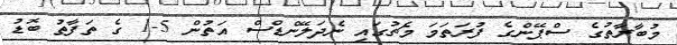
މުބާރާތުގެ ސްޕޭންގެ ފުރަތަމަ މެޗުގައި ނެދަލޭންޑްސް އަތުން 5-1 ގެ ތަފާތު ބޮޑު